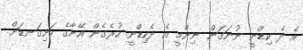
އެ ދެ ކިޑްނީ ނުނަގަން ނިންމީ އެ ދެކިޑްނީ ހުރެގެން އޭނާގެ ހަށިގަނޑަށް